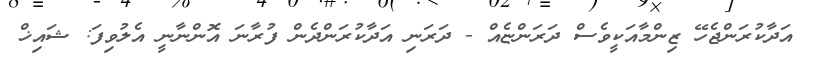
އަދާކުރަންޖެހޭ ޒިންމާއަކީވެސް ދަރަންޏެއް - ދަރަނި އަދާކުރަންދެން ފުރާނަ އޮންނާނީ އެލުވިފަ: ޝައިޚް